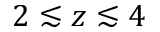
2 \lesssim z \lesssim 4